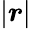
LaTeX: |\boldsymbol{r}|